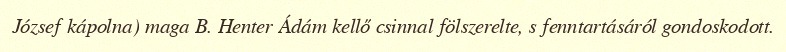
József kápolna) maga B. Henter Ádám kellő csinnal fölszerelte, s fenntartásáról gondoskodott.